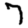
Digit: 7